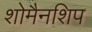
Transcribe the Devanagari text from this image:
शोमैनशिप